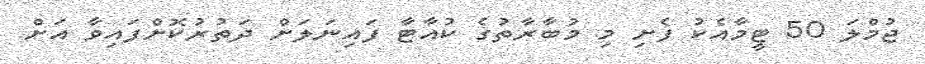
ޖުމްލަ 50 ޓީމާއެކު ފެށި މި މުބާރާތުގެ ކުއާޓާ ފައިނަލަށް ދަތުރުކޮށްފައިވާ އަށް